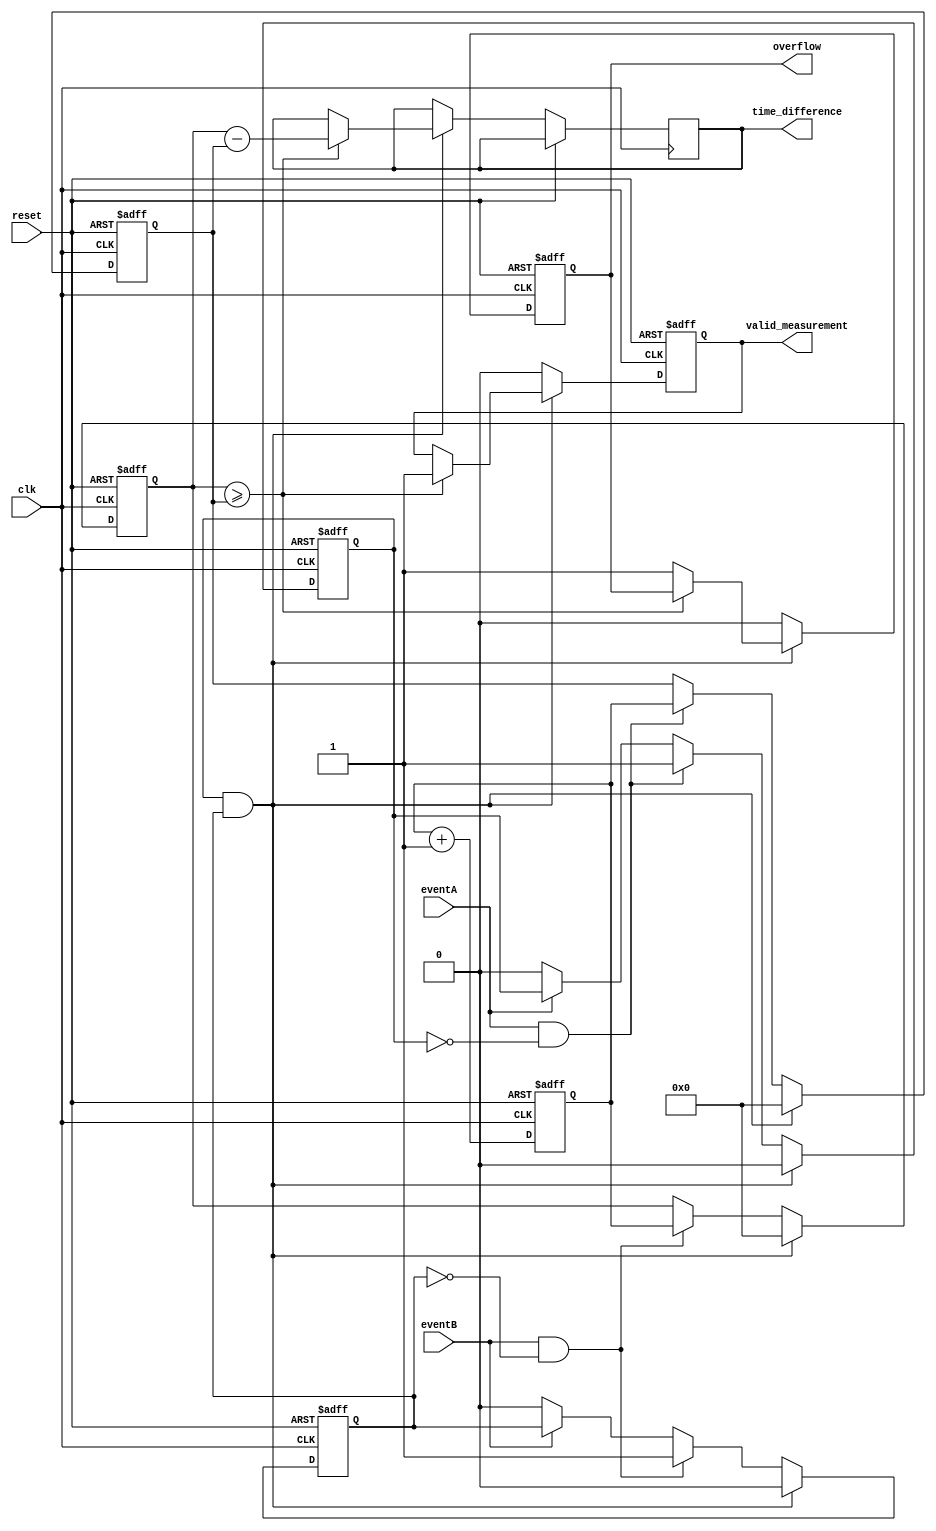
module TDC (
    input wire clk,
    input wire reset,
    input wire eventA,
    input wire eventB,
    output reg [31:0] time_difference, // 32-bit output for time difference
    output reg valid_measurement,       // Valid measurement flag
    output reg overflow                 // Overflow flag
);

    reg [31:0] timestampA; // Timestamp for eventA
    reg [31:0] timestampB; // Timestamp for eventB
    reg [31:0] counter;     // Clock cycle counter
    reg eventA_detected;    // Flag for eventA detection
    reg eventB_detected;    // Flag for eventB detection

    // Edge detection for eventA and eventB
    always @(posedge clk or posedge reset) begin
        if (reset) begin
            timestampA <= 0;
            timestampB <= 0;
            counter <= 0;
            valid_measurement <= 0;
            overflow <= 0;
            eventA_detected <= 0;
            eventB_detected <= 0;
        end else begin
            // Increment counter on each clock cycle
            counter <= counter + 1;

            // Detect rising edge of eventA
            if (eventA && !eventA_detected) begin
                timestampA <= counter; // Capture timestamp
                eventA_detected <= 1;  // Set flag for eventA detected
            end else if (!eventA) begin
                eventA_detected <= 0;  // Reset flag when eventA goes low
            end

            // Detect rising edge of eventB
            if (eventB && !eventB_detected) begin
                timestampB <= counter; // Capture timestamp
                eventB_detected <= 1;  // Set flag for eventB detected
            end else if (!eventB) begin
                eventB_detected <= 0;  // Reset flag when eventB goes low
            end

            // Calculate time difference when both events are detected
            if (eventA_detected && eventB_detected) begin
                if (timestampB >= timestampA) begin
                    time_difference <= timestampB - timestampA; // Calculate time difference
                    valid_measurement <= 1; // Set valid measurement flag
                end else begin
                    overflow <= 1; // Set overflow flag if eventB occurs before eventA
                end
                // Reset values for the next measurement
                timestampA <= 0;
                timestampB <= 0;
                eventA_detected <= 0;
                eventB_detected <= 0;
            end else begin
                valid_measurement <= 0; // No valid measurement
                overflow <= 0;          // Clear overflow flag
            end
        end
    end

endmodule